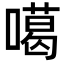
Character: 噶